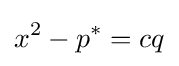
x^{2}-p^{*}=cq